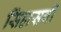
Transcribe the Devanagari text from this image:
सिंहासनी